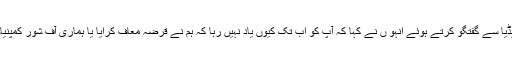
جہانگیر ترین کے ہمراہ میڈیا سے گفتگو کرتے ہوئے انہو ں نے کہا کہ آپ کو اب تک کیوں یاد نہیں رہا کہ ہم نے قرضہ معاف کرایا یا ہماری آف شور کمپنیاں ہیں یا ہم نے کرپشن کی؟